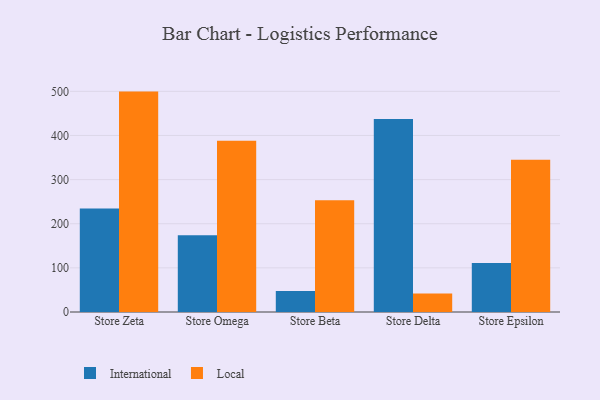
{"axis": {"x": "Store", "y": "Conversion Rate (%)"}, "legend": ["International", "Local"], "data": [{"x": "Store Zeta", "y": 234.6, "type": "International"}, {"x": "Store Zeta", "y": 499.4, "type": "Local"}, {"x": "Store Omega", "y": 174.1, "type": "International"}, {"x": "Store Omega", "y": 387.9, "type": "Local"}, {"x": "Store Beta", "y": 47.7, "type": "International"}, {"x": "Store Beta", "y": 253.0, "type": "Local"}, {"x": "Store Delta", "y": 437.2, "type": "International"}, {"x": "Store Delta", "y": 42.2, "type": "Local"}, {"x": "Store Epsilon", "y": 110.8, "type": "International"}, {"x": "Store Epsilon", "y": 344.7, "type": "Local"}]}